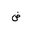
Letter: _dad